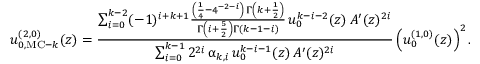
u _ { 0 , { \mathrm { M C - } } k } ^ { ( 2 , 0 ) } ( z ) = \frac { \sum _ { i = 0 } ^ { k - 2 } ( - 1 ) ^ { i + k + 1 } \frac { \left( \frac { 1 } { 4 } - 4 ^ { - 2 - i } \right) \, \Gamma \left( k + \frac { 1 } { 2 } \right) } { \Gamma \left( i + \frac { 5 } { 2 } \right) \Gamma \left( k - 1 - i \right) } \, u _ { 0 } ^ { k - i - 2 } ( z ) \, A ^ { \prime } ( z ) ^ { 2 i } } { \sum _ { i = 0 } ^ { k - 1 } 2 ^ { 2 i } \, \upalpha _ { k , i } \, u _ { 0 } ^ { k - i - 1 } ( z ) \, A ^ { \prime } ( z ) ^ { 2 i } } \left( u _ { 0 } ^ { ( 1 , 0 ) } ( z ) \right) ^ { 2 } .